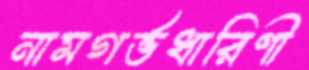
নামগর্ভধারিণী